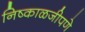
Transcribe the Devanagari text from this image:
निष्काळजीपणे